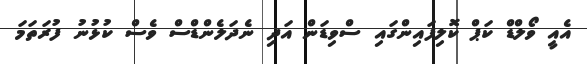
އެއީ ވޯލްޑް ކަޕް ކޮލިފައިންގައި ސްވިޑަން އަދި ނެދަލެންޑްސް ވެސް ކުޅުނު ފުރަތަމަ